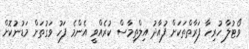
ވޯޓުލާ ހުރިހާ ފަރާތްތަކަށް ފުއާދު އިލްތިމާސް ކުރެއްވީ އެންމެ ފަހު ވަގުތަށް މަޑުނުކޮށް